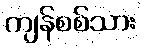
ကျန်စစ်သား